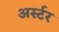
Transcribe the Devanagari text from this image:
अर्स्टर